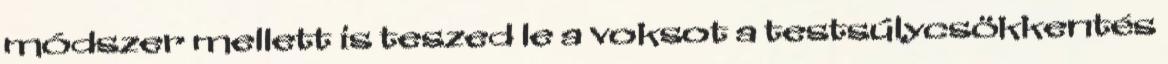
módszer mellett is teszed le a voksot a testsúlycsökkentés